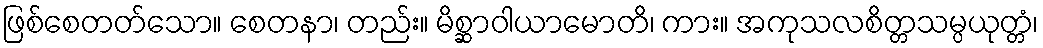
ဖြစ်စေတတ်သော။ စေတနာ၊ တည်း။ မိစ္ဆာဝါယာမောတိ၊ ကား။ အကုသလစိတ္တသမ္ပယုတ္တံ၊